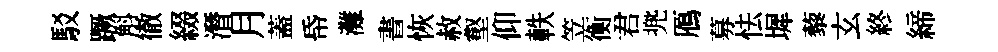
駁蹶斛徹綴潛月蓋帋灘書恢赦壑仰軼笠衡君兠鴈募怯墀藜玄終締